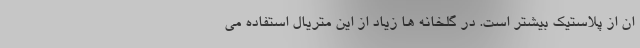
ان از پلاستیک بیشتر است. در گلخانه ها زیاد از این متریال استفاده می